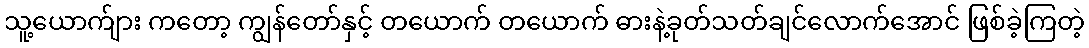
သူ့ယောက်ျား ကတော့ ကျွန်တော်နှင့် တယောက် တယောက် ဓားနဲ့ခုတ်သတ်ချင်လောက်အောင် ဖြစ်ခဲ့ကြတဲ့